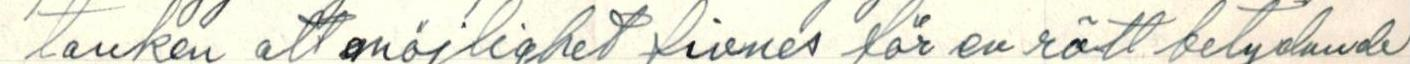
tanken att möjlighet fivnes för en rätt betydande